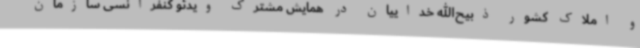
و املاک کشور ذبیح‌الله خداییان در همایش مشترک ویدئو کنفرانسی سازمان